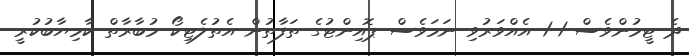
ދެ ޓީމުންވެސް 1-1 އެއްވަރުވި ނަމަވެސް ޕޮއިންޓުގެ ތަފާތުން އެތުލެޓިކޯ މުބާރާތް ކާމިޔާބުކުރީ